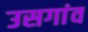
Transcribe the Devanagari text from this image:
उसगांव